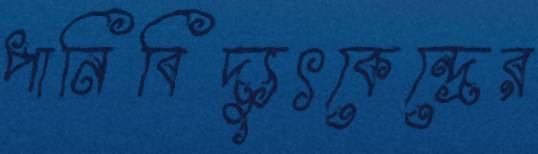
পানিবিদ্যুৎকেন্দ্রের